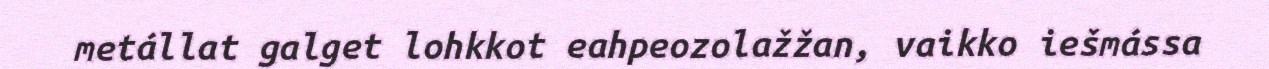
metállat galget lohkkot eahpeozolažžan, vaikko iešmássa